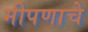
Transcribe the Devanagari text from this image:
मीपणाचे